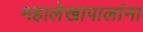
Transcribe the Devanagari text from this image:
महालेखापालांना